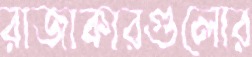
রাজাকারগুলোর